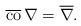
LaTeX: \begin{align*} \overline{\rm co} \, \nabla = \overline{\nabla}.\end{align*}